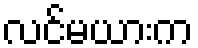
လင်မယားက